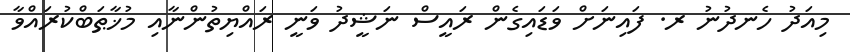
މިއަދު ހެނދުނު ރ. ފައިނަށް ވަޑައިގެން ރައީސް ނަޝީދު ވަނީ ރައްޔިތުންނާއި މުޚާޠަބްކުރައްވާ